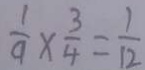
\frac { 1 } { 9 } \times \frac { 3 } { 4 } = \frac { 1 } { 1 2 }